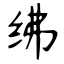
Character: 绋